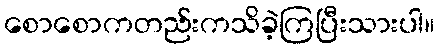
စောစောကတည်းကသိခဲ့ကြပြီးသားပါ။